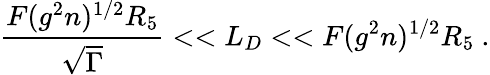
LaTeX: \frac{F(g^{2}n)^{1/2}R_{5}}{\sqrt\Gamma}<<L_{D}<<F(g^{2}n)^{1/2}R_{5}\ .